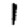
Digit: 1